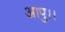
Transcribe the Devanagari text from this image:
आपु।।